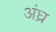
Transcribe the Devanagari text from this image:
अंघ्र